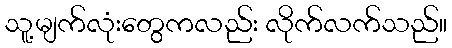
သူ့မျက်လုံးတွေကလည်း လိုက်လက်သည်။